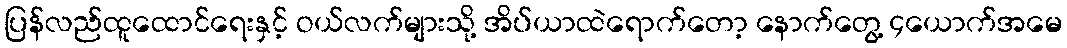
ပြန်လည်ထူထောင်ရေးနှင့် ဝယ်လက်များသို့ အိပ်ယာထဲရောက်တော့ နောက်တွေ့ ၄ယောက်အမေ